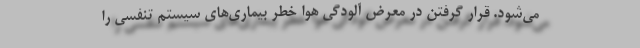
می‌شود. قرار گرفتن در معرض آلودگی هوا خطر بیماری‌های سیستم تنفسی را